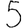
Digit: 5